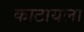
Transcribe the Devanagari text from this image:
काटायला